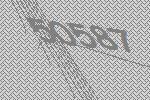
50587